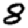
Digit: 8